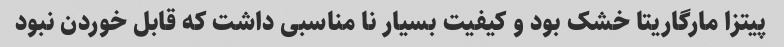
پیتزا مارگاریتا خشک بود و کیفیت بسیار نا مناسبی داشت که قابل خوردن نبود